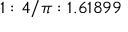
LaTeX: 1 : 4 / \pi : 1 . 6 1 8 9 9